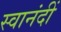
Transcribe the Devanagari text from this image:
स्वानंदीं